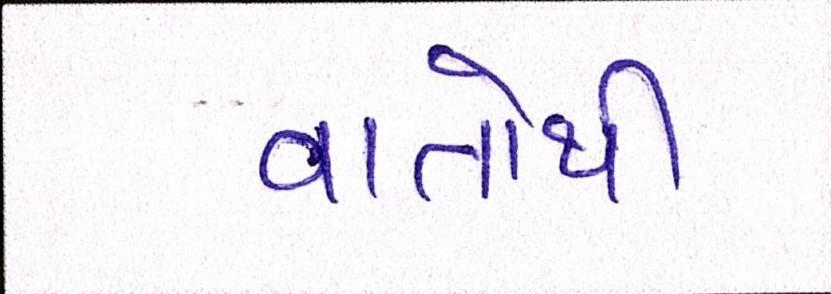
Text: વાતોથી